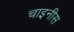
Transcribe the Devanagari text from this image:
चाइनीस